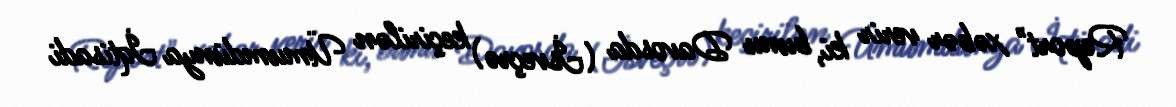
Report" xəbər verir ki, bunu Davosda (İsveçrə) keçirilən Ümumdünya İqtisadi